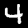
Digit: 4